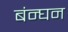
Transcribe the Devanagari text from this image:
बंन्घन